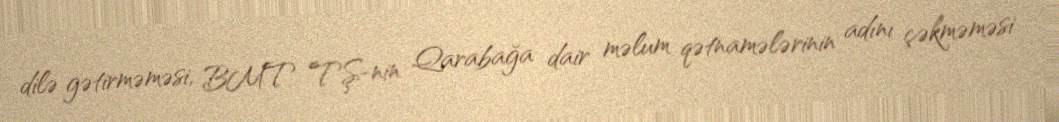
dilə gətirməməsi, BMT TŞ-nin Qarabağa dair məlum qətnamələrinin adını çəkməməsi